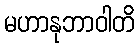
မဟာနုဘာဝါတိ